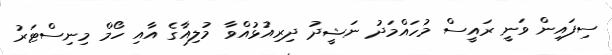
ސިފައިން ވަނީ ރައީސް މުހައްމަދު ނަޝީދު ދިރިއުޅުއްވާ މުލިއާގެ އާއި ހޯމް މިނިސްޓަރު